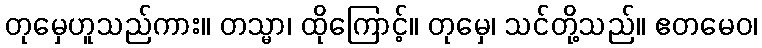
တုမှေဟူသည်ကား။ တသ္မာ၊ ထိုကြောင့်။ တုမှေ၊ သင်တို့သည်။ ဧတမေဝ၊